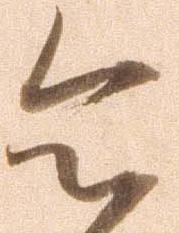
令